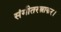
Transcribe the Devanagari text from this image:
संगीतरत्नाकर।